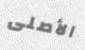
الأصلى